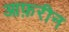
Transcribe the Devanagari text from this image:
आफ़रीन